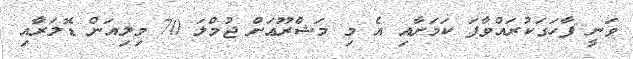
ވަނީ ފާހަގަކުރައްވާފަ ކަމަށާއި އެ މި މަޝްރޫޢަށް ޖުމްލަ 70 މިލިއަން ޑޮލަރާއި